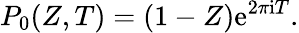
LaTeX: P_{0}(Z,T)=(1-Z)\mathrm{e}^{2\pi\mathrm{i}T}.